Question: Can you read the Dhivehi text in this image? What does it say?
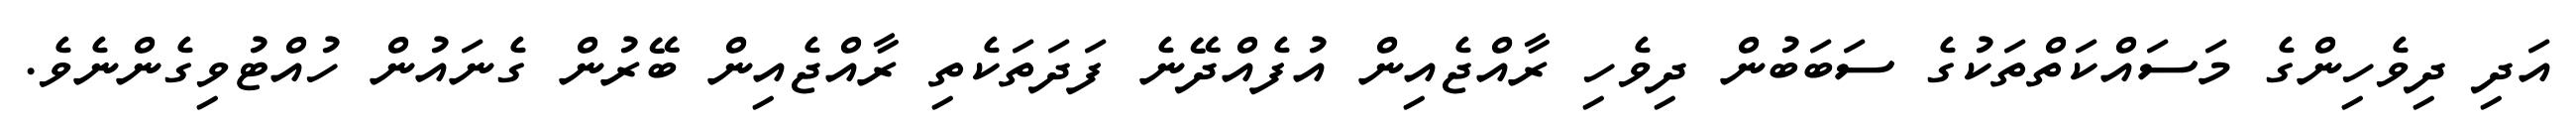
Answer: އަދި ދިވެހިންގެ މަސައްކަތްތަކުގެ ސަބަބުން ދިވެހި ރާއްޖެއިން އުފެއްދޭނެ ފަދަތަކެތި ރާއްޖެއިން ބޭރުން ގެނައުން ހުއްޓުވިގެންނެވެ.